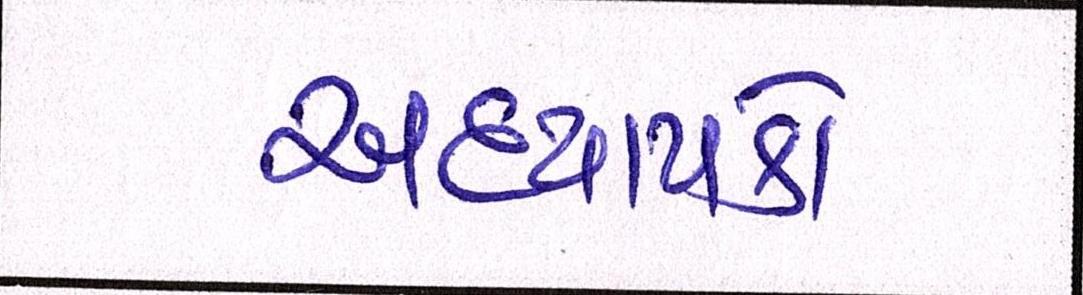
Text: અધ્યાપકો